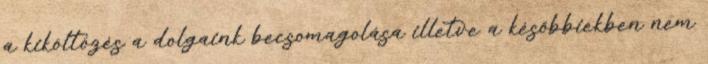
a kiköltözés a dolgaink becsomagolása illetve a későbbiekben nem